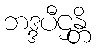
ဘဒ္ဒပီဌန္တိ